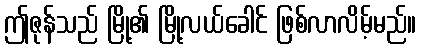
ဤဇုန်သည် မြို့၏ မြို့လယ်ခေါင် ဖြစ်လာလိမ့်မည်။